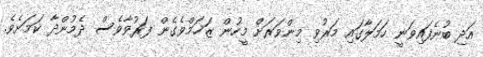
އަދި ބުނެފައިވަނީ ހަމަލާގައި މަރުވި މިންވަރަށް މީހުން ޒަޚަމްވެގެން ފަރުވާވެސް ދެމުންދާ ކަމަށެވެ.